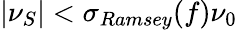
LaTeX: \left|\nu_{S}\right|<\sigma_{Ramsey}(f)\nu_{0}